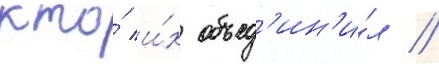
кто́ и́х объед'ин'и́л //